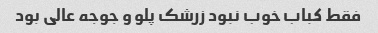
فقط کباب خوب نبود زرشک پلو و جوجه عالی بود